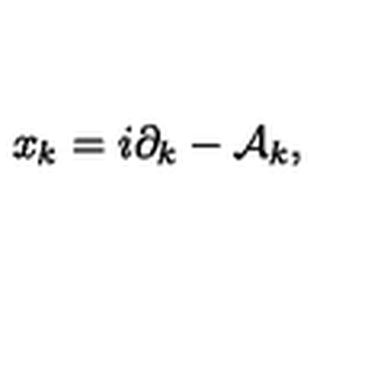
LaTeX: x _ { k } = i \partial _ { k } - { \cal A } _ { k } ,